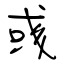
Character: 彧